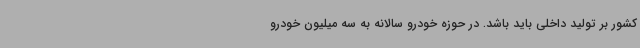
کشور بر تولید داخلی باید باشد. در حوزه خودرو سالانه به سه میلیون خودرو